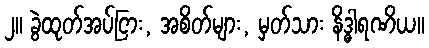
၂။ ခွဲထုတ်အပ်ငြား, အစိတ်များ, မှတ်သား နိဒ္ဓါရဏိယ။